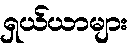
ရှယ်ယာများ